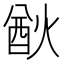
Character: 㷕